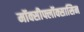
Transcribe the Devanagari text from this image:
मॉक्सीफ्लॉक्सासिन